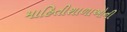
માહિતીશાળાઓની